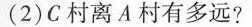
(2)C村离A村有多远?